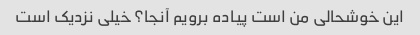
این خوشحالی من است پیاده برویم آنجا؟ خیلی نزدیک است